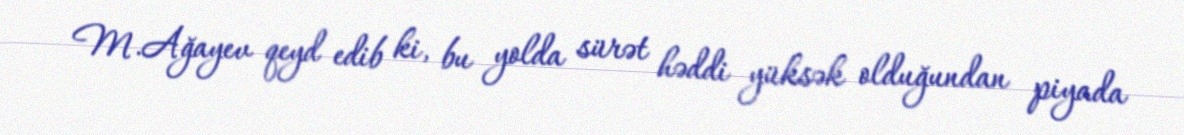
M.Ağayev qeyd edib ki, bu yolda sürət həddi yüksək olduğundan piyada